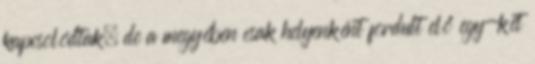
kapcsolódtak, de a megyében csak helyenként fordult elő egy-két